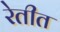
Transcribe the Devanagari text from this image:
रेतीत